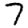
Digit: 7